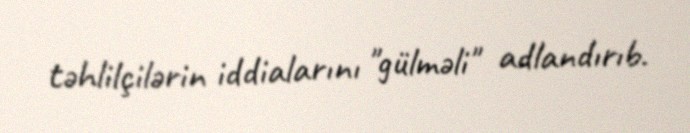
təhlilçilərin iddialarını "gülməli" adlandırıb.